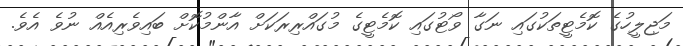
މަޖިލީހުގެ ކޮމެޓީތަކުގައި ނަގާ ވޯޓުގައި ކޮމެޓީގެ މުގައްރިރަކަށް އާންމުކޮށް ބައިވެރިއެއް ނުވެ އެވެ.